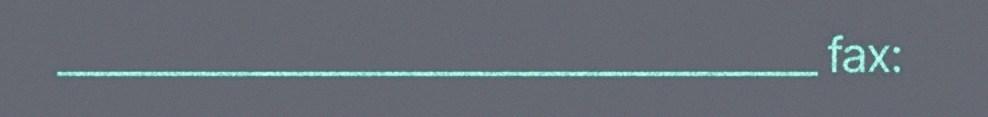
_______________________________________ fax: